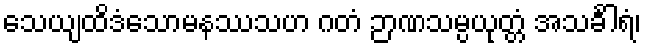
သေယျထိဒံသောမနဿသဟ ဂတံ ဉာဏသမ္ပယုတ္တံ အသင်္ခါရံ၊